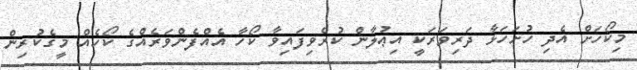
މިކޯހަށް އެދި ހުށަހަޅާ ދަރިވަރަކީ އިޢުލާން ކުރެވިފައިވާ ކޯހާ އެއްފެންވަރެއްގެ ކޯހެއް މީގެކުރިން